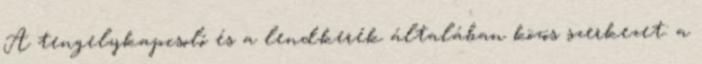
A tengelykapcsoló és a lendkerék általában közös szerkezet: a